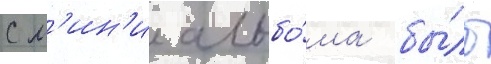
С м'ин'и альбо́ма бы́ло